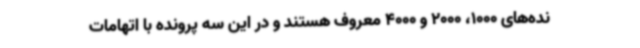
نده‌های 1000، 2000 و 4000 معروف هستند و در این سه پرونده با اتهامات